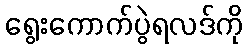
ရွေးကောက်ပွဲရလဒ်ကို